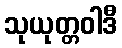
သုယုတ္တဝါဒီ